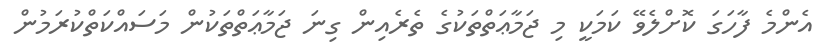
އެންމެ ފާހަގަ ކޮށްލެވޭ ކަމަކީ މި ޖަމާޢަތްތަކުގެ ތެރެއިން ގިނަ ޖަމާޢަތްތަކުން މަސައްކަތްކުރަމުން